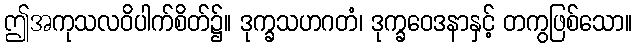
ဤအကုသလဝိပါက်စိတ်၌။ ဒုက္ခသဟဂတံ၊ ဒုက္ခဝေဒနာနှင့် တကွဖြစ်သော။